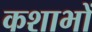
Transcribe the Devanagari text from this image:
कशाभों